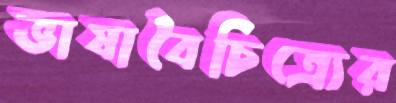
ভাষাবৈচিত্র্যের